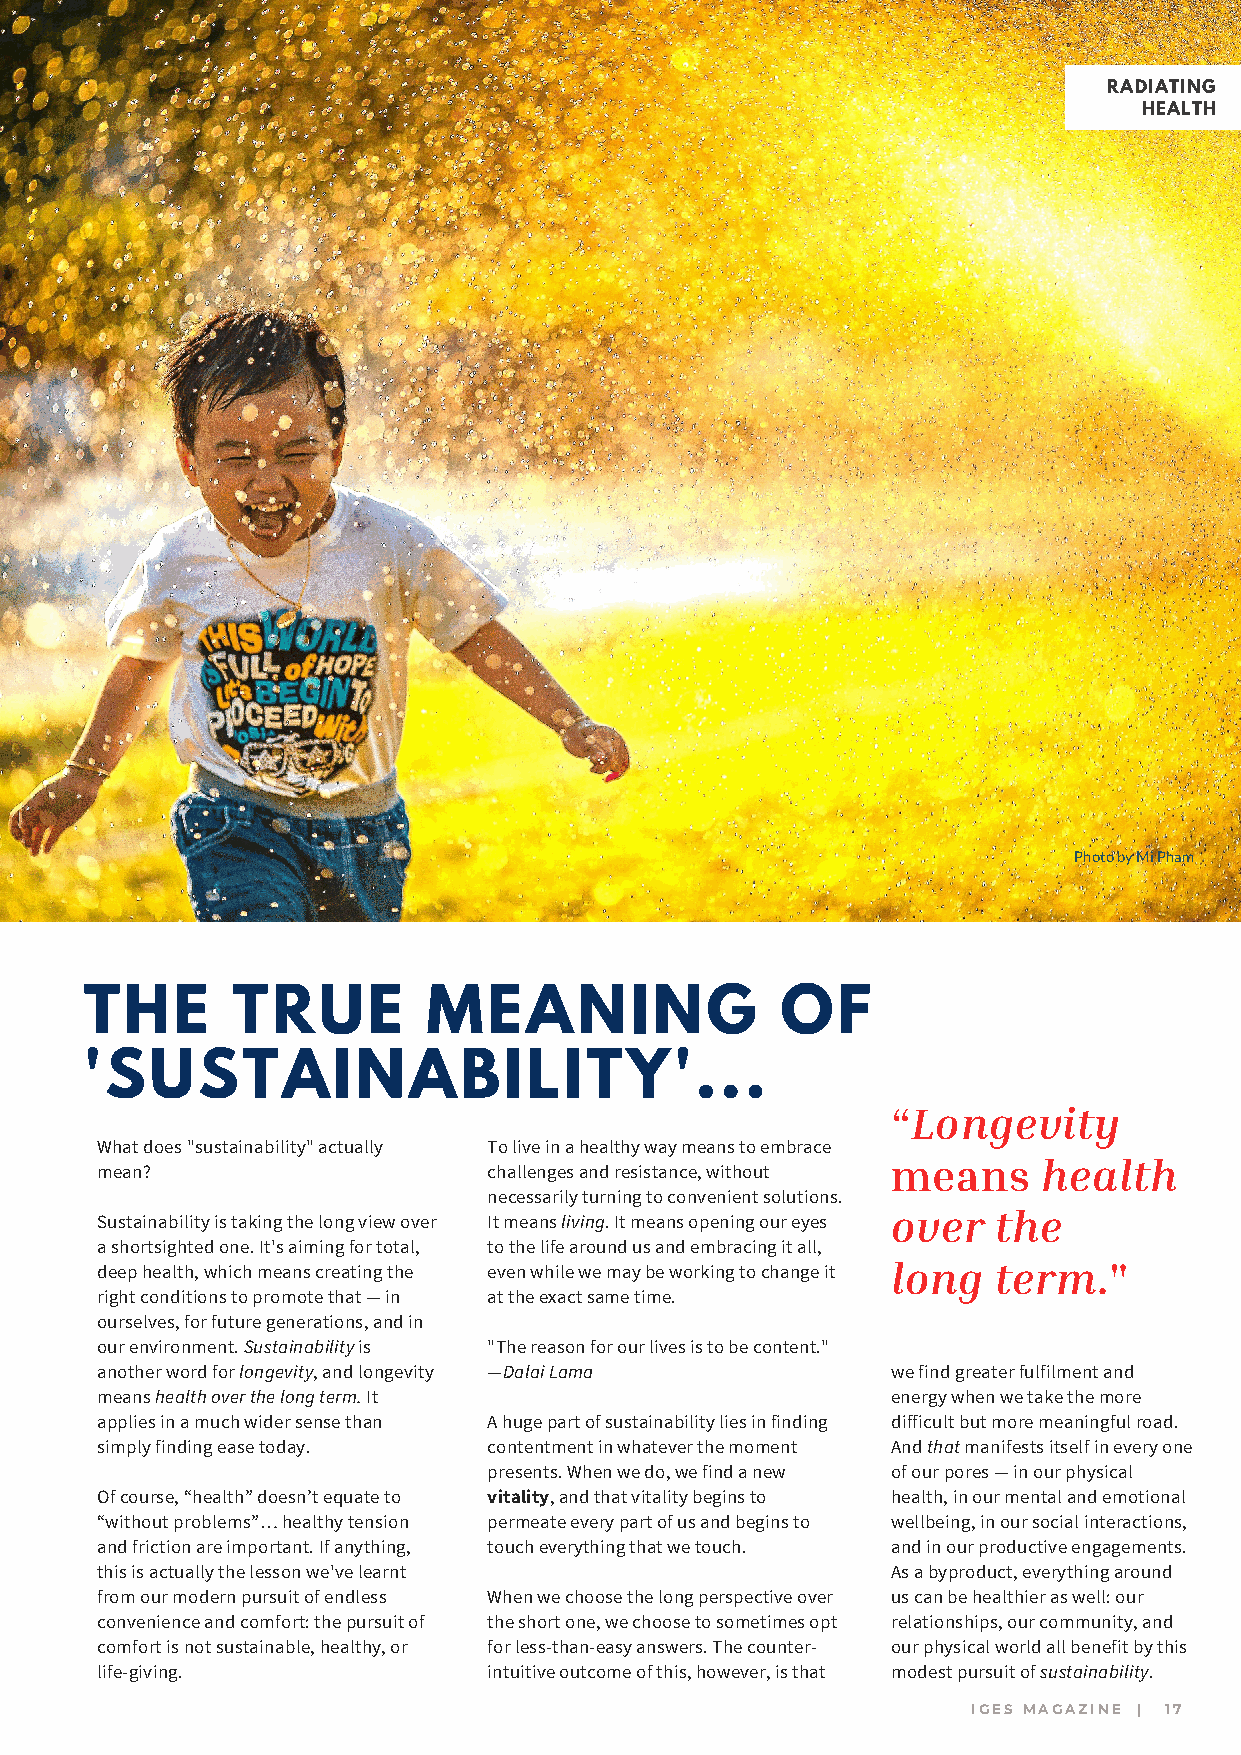
RADIATING
 HEALTH
 Photo by Mi Pham
 THE      TRUE         MEANING                 OF
 'SUSTAINABILITY'...
 “Longevity
 What does "sustainability" actually To live in a healthy way means to embrace
 means     health
 mean?                     challenges and resistance, without
 necessarily turning to convenient solutions.
 Sustainability is taking the long view over It means living. It means opening our eyes over the
 a shortsighted one. It's aiming for total, to the life around us and embracing it all,
 deep health, which means creating the even while we may be working to change it long term."
 right conditions to promote that — in at the exact same time.
 ourselves, for future generations, and in
 our environment. Sustainability is "The reason for our lives is to be content."
 another word for longevity, and longevity —Dalai Lama we find greater fulfilment and
 means health over the long term. It                  energy when we take the more
 applies in a much wider sense than A huge part of sustainability lies in finding difficult but more meaningful road.
 simply finding ease today. contentment in whatever the moment And that manifests itself in every one
 presents. When we do, we find a new of our pores — in our physical
 Of course, “health” doesn’t equate to vitality, and that vitality begins to health, in our mental and emotional
 “without problems”… healthy tension permeate every part of us and begins to wellbeing, in our social interactions,
 and friction are important. If anything, touch everything that we touch. and in our productive engagements.
 this is actually the lesson we've learnt             As a byproduct, everything around
 from our modern pursuit of endless When we choose the long perspective over us can be healthier as well: our
 convenience and comfort: the pursuit of the short one, we choose to sometimes opt relationships, our community, and
 comfort is not sustainable, healthy, or for less-than-easy answers. The counter- our physical world all benefit by this
 life-giving.              intuitive outcome of this, however, is that modest pursuit of sustainability.
 IGES MAGAZINE | 17